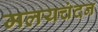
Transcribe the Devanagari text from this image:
मलयचंदन